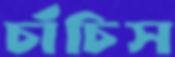
চাঁচিস